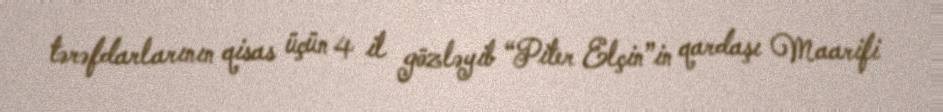
tərəfdarlarının qisas üçün 4 il gözləyib “Piter Elçin”in qardaşı Maarifi